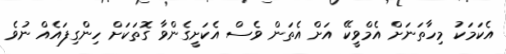
އެކަމަކު މިހާތަނަށް އެމްވީކޭ އަށް އެތަން ވެސް އެކަށީގެންވާ ގޮތަކަށް ހިންގިފައެއް ނުވެ